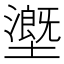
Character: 𡒖